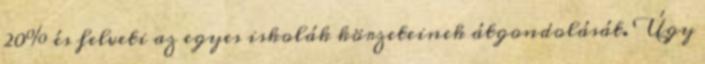
20% és felveti az egyes iskolák körzeteinek átgondolását. Úgy